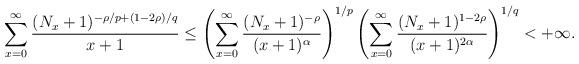
LaTeX: \begin{align*}\sum_{x=0}^{\infty} {\dfrac{(N_x+1)^{-\rho/p + (1-2\rho)/q}}{x+1}} \leq \left(\sum_{x=0}^{\infty} \dfrac{(N_x+1)^{-\rho} }{(x+1)^{\alpha}}\right)^{1/p} \left(\sum_{x=0}^{\infty} \dfrac{(N_x+1)^{1-2\rho}}{(x+1)^{2\alpha}}\right)^{1/q} <+\infty.\end{align*}